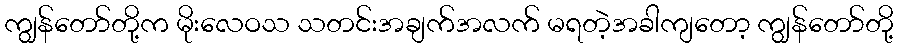
ကျွန်တော်တို့က မိုးလေဝသ သတင်းအချက်အလက် မရတဲ့အခါကျတော့ ကျွန်တော်တို့